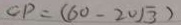
C P = ( 6 0 - 2 0 \sqrt { 3 } )